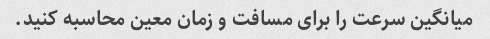
میانگین سرعت را برای مسافت و زمان معین محاسبه کنید.